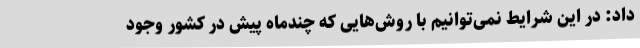
داد: در این شرایط نمی‌توانیم با روش‌هایی که چندماه پیش در کشور وجود